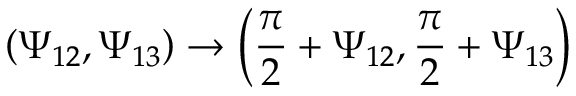
\left( \Psi _ { 1 2 } , \Psi _ { 1 3 } \right) \rightarrow \left( \frac { \pi } { 2 } + \Psi _ { 1 2 } , \frac { \pi } { 2 } + \Psi _ { 1 3 } \right)